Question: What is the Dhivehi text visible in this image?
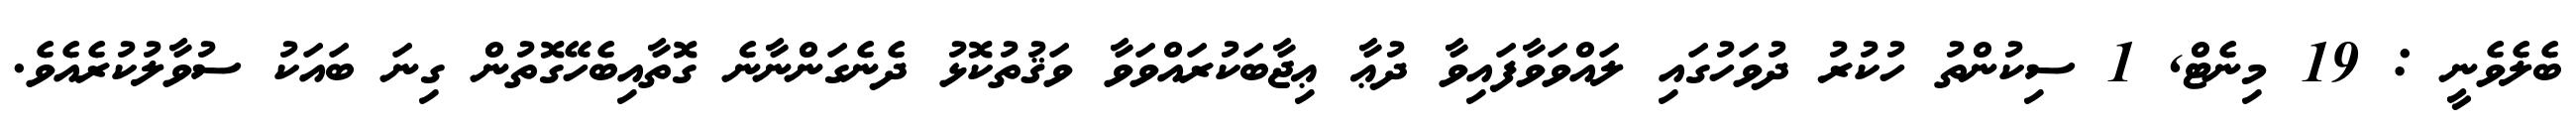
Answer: ބެލެވެނީ : 19 މިނެޓް, 1 ސިކުންތު ހުކުރު ދުވަހުގައި ލައްވަވާފައިވާ ދުޢާ ޢިޖާބަކުރައްވަވާ ވަޤުތުކޮޅު ދެނެގަންނާނެ ގޮތާއިބެހޭގޮތުން ގިނަ ބައަކު ސުވާލުކުރެއެވެ.